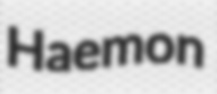
Haemon